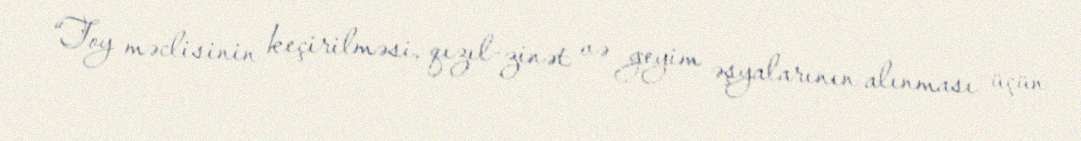
“Toy məclisinin keçirilməsi, qızıl-zinət və geyim əşyalarının alınması üçün